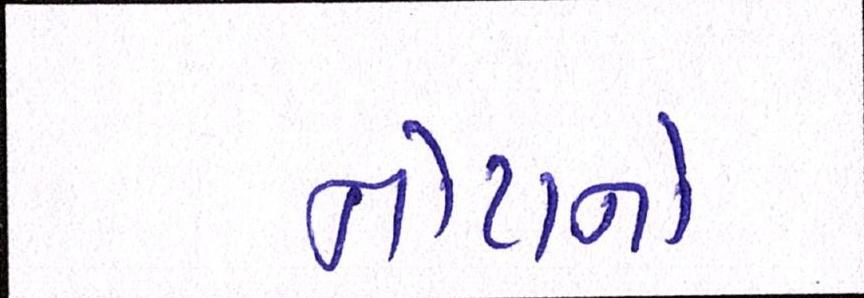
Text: નોટાનો